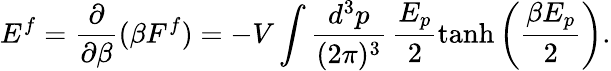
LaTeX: E^{f}=\frac{\partial}{\partial\beta}(\beta F^{f})=-V\int\frac{d^{3}p}{(2\pi)^{3}}\, \frac{E_{p}}{2}\operatorname{tanh}\left(\frac{\beta E_{p}}{2}\right).